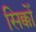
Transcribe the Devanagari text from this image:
सिक्कोँ